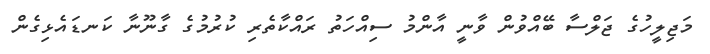
މަޖިލީހުގެ ޖަލްސާ ބޭއްވުން ވާނީ އާންމު ސިއްހަތު ރައްކާތެރި ކުރުމުގެ ގާނޫނާ ކަނޑައެޅިގެން